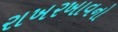
રાખરખાવનો